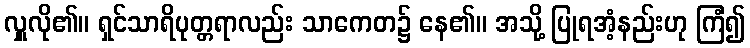
လှူလို၏။ ရှင်သာရိပုတ္တရာလည်း သာကေတ၌ နေ၏။ အသို့ ပြုရအံ့နည်းဟု ကြံ၍